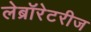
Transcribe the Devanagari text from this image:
लेब्रॉरेटरीज